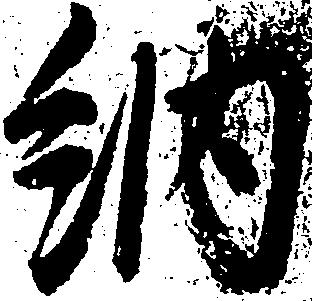
納